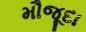
મૌજૂદા